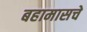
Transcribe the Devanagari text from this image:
बहामासचे